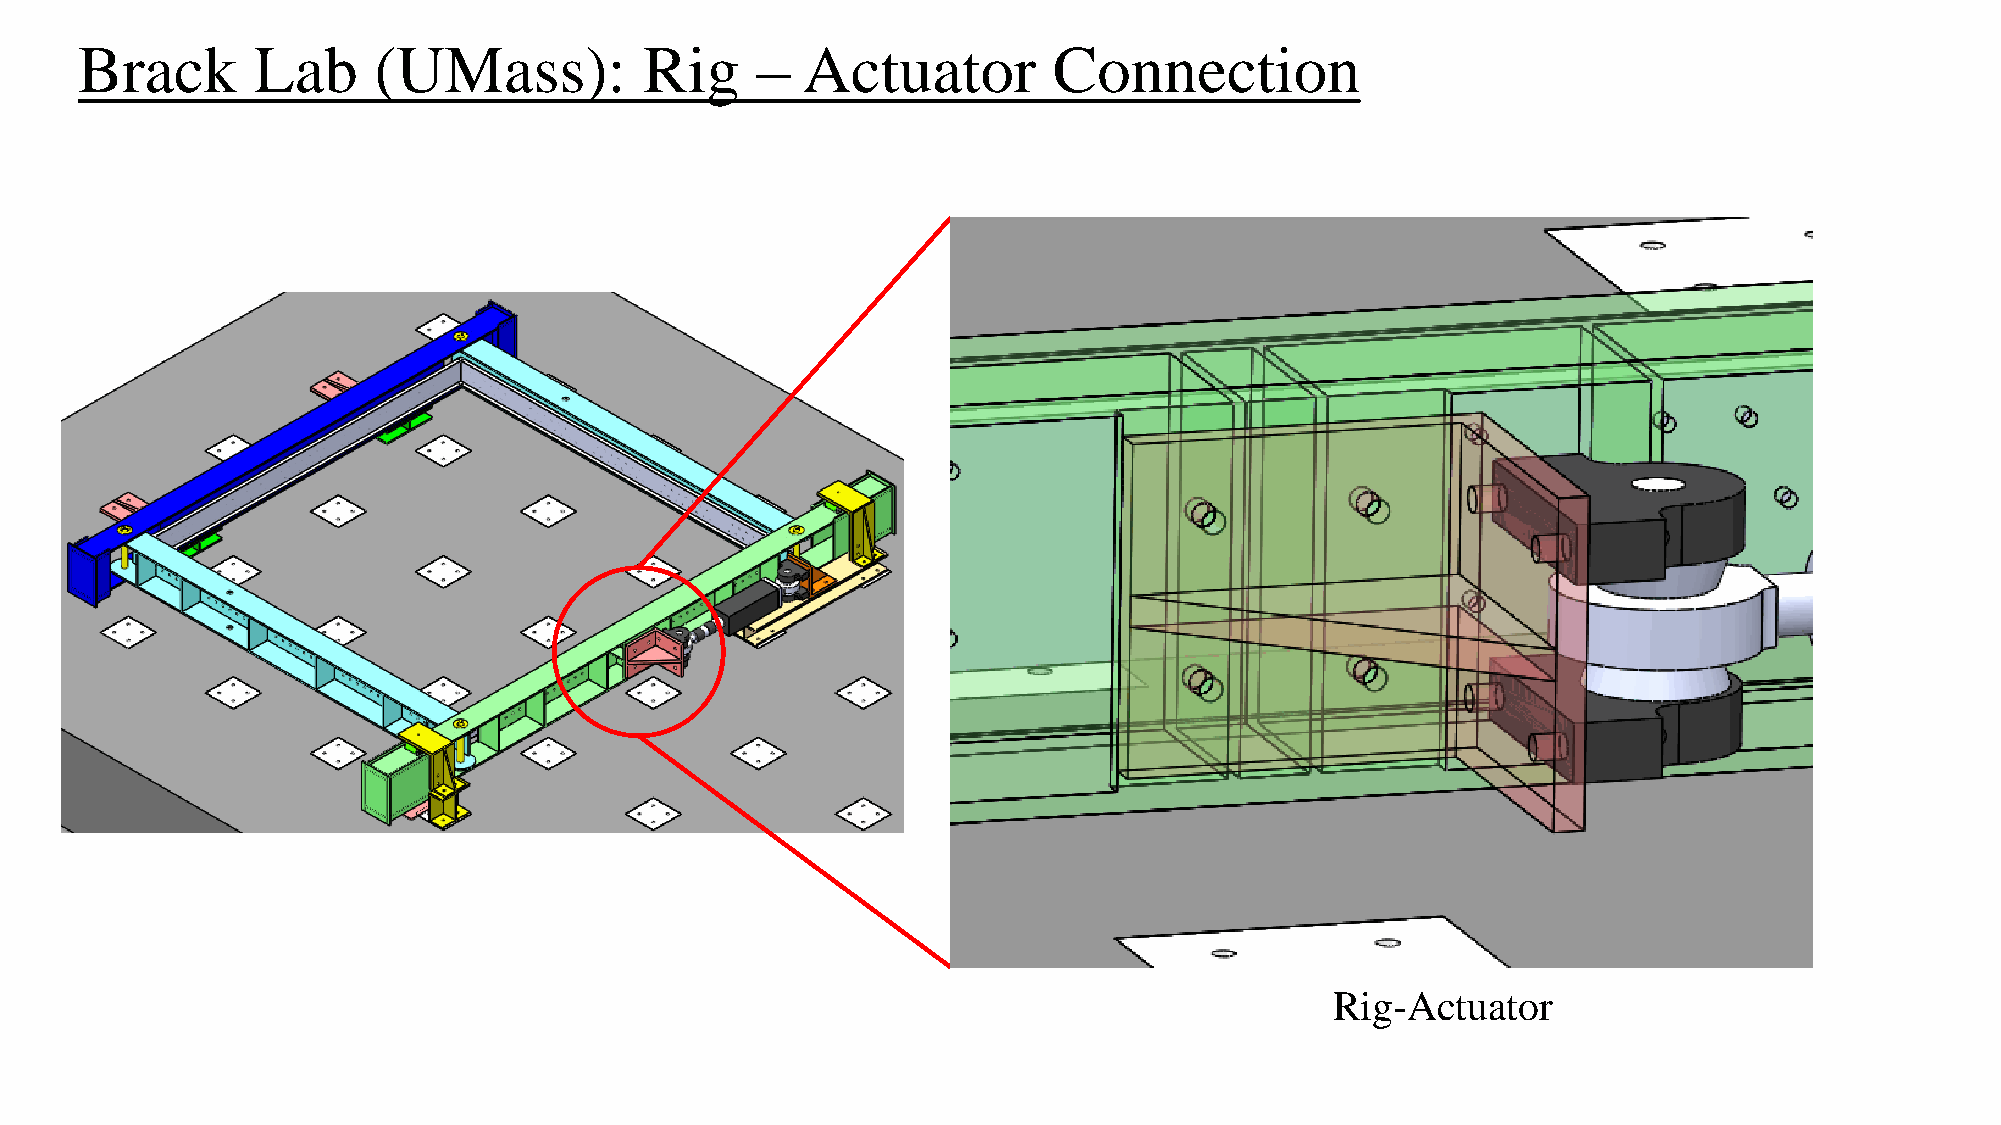
Brack       Lab     (UMass):          Rig    –  Actuator         Connection
 Rig-Actuator